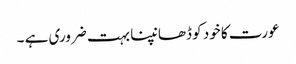
عورت کا خود کو ڈھانپنا بہت ضروری ہے ۔